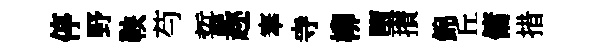
停野鞅芍誓趂搴寺柳墮攅錦丘傭措